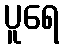
ပူရေ